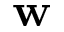
\mathbf { w }